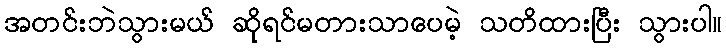
အတင်းဘဲသွားမယ် ဆိုရင်မတားသာပေမဲ့ သတိထားပြီး သွားပါ။